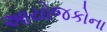
આયોજકોના